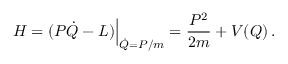
H = ( P \dot { Q } - L ) \Big | _ { \dot { Q } = P / m } = { \frac { P ^ { 2 } } { 2 m } } + V ( Q ) \, .